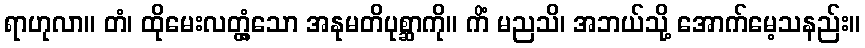
ရာဟုလာ။ တံ၊ ထိုမေးလတ္တံ့သော အနုမတိပုစ္ဆာကို။ ကိံ မညသိ၊ အဘယ်သို့ အောက်မေ့သနည်း။